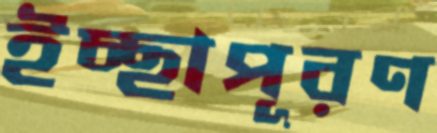
ইচ্ছাপূরণ